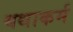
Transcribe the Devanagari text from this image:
यथाकर्म